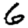
Digit: 6